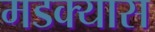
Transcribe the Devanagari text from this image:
मडक्यास